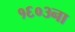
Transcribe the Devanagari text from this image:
१६०३ना